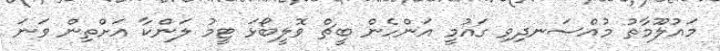
މައުލޫމާތު މުއްސަނދިވި ގައުމީ އަންހެން ބީޗް ވޮލީބޯޅަ ޓީމު ލަންކާ އަށްތިން ވަނަ